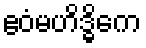
ဧဝံမဟိဒ္ဓိကေ